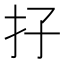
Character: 𡥅